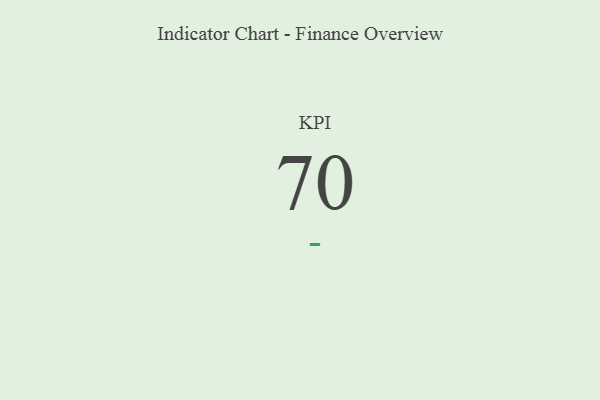
{"axis": {"x": "KPI", "y": "Value"}, "legend": [""], "data": [{"x": "KPI", "y": 70, "type": ""}]}